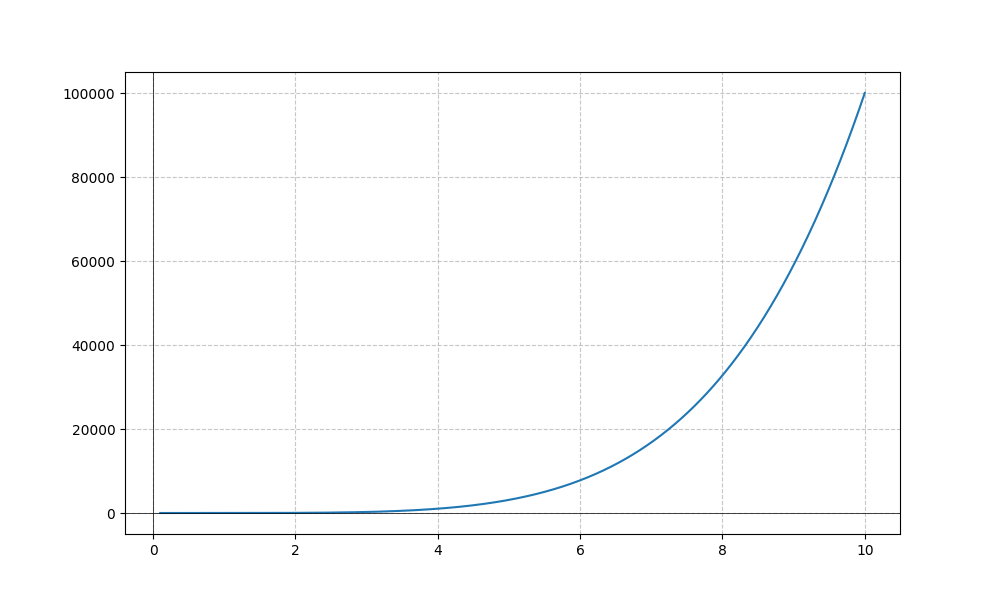
LaTeX formula: x^{5}